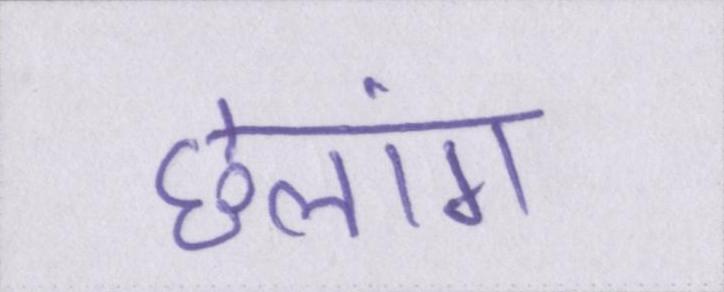
छलांग